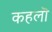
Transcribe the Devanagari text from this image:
कहलॊ